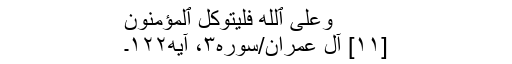
وَعَلَى ٱللَّهِ فَلۡيَتَوَكَّلِ ٱلۡمُؤۡمِنُونَ
[۱۱] آل عمران/سوره۳، آیه۱۲۲۔